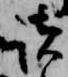
諸